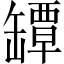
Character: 罈